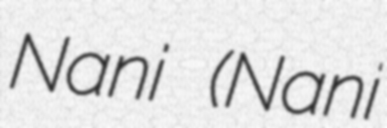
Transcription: Nani (Nani